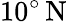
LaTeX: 10^{\circ}\, \mathrm{N}